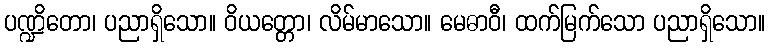
ပဏ္ဍိတော၊ ပညာရှိသော။ ဝိယတ္တော၊ လိမ်မာသော။ မေဓာဝီ၊ ထက်မြက်သော ပညာရှိသော။